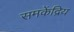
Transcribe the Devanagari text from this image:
समकेंद्रिय